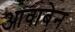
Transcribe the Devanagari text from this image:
आवाबेन